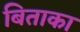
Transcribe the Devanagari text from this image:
बिताका